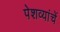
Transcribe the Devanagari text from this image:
पेशव्यांचें